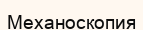
Механоскопия